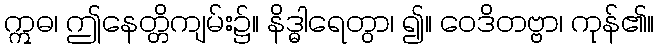
ဣဓ၊ ဤနေတ္တိကျမ်း၌။ နိဒ္ဓါရေတွာ၊ ၍။ ဝေဒိတဗ္ဗာ၊ ကုန်၏။